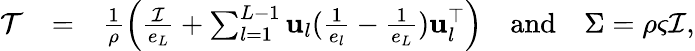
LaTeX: \begin{array}{rlr}{\mathcal{T}}&{=}&{\frac{1}{\rho}\left(\frac{\mathcal{I}}{e_{L}}+\sum_{l=1}^{L-1}\mathbf{u}_{l}(\frac{1}{e_{l}}-\frac{1}{e_{L}})\mathbf{u}_{l}^{\top}\right)\quad\mathrm{and}\quad\Sigma=\rho\varsigma\mathcal{I},}\end{array}